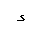
Letter: _hamza